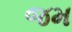
જમ